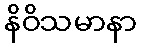
နိဝိသမာနာ